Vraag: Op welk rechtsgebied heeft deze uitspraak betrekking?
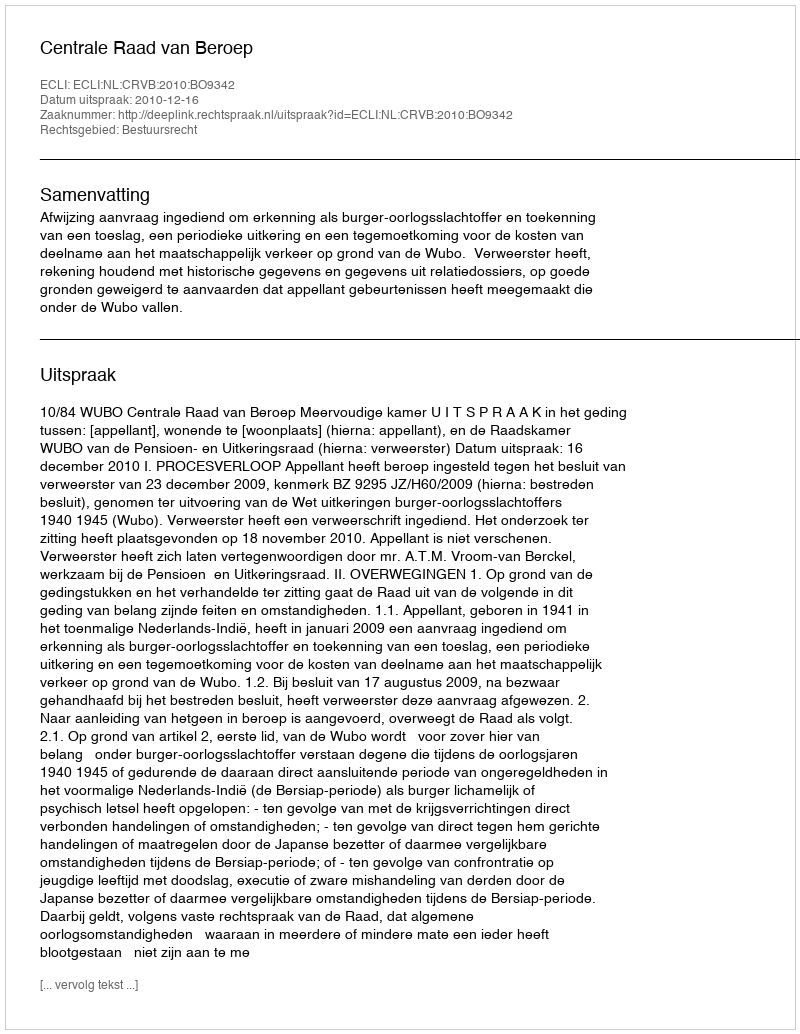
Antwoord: Bestuursrecht